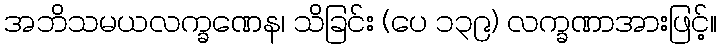
အဘိသမယလက္ခဏေန၊ သိခြင်း (ပေ ၁၃၉) လက္ခဏာအားဖြင့်။